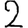
Digit: 2